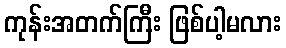
ကုန်းအတက်ကြီး ဖြစ်ပါ့မလား